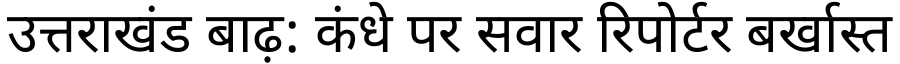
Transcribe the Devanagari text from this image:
उत्तराखंड बाढ़: कंधे पर सवार रिपोर्टर बर्खास्त